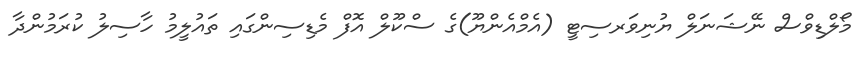
މޯލްޑިވްސް ނޭޝަނަލް ޔުނިވަރސިޓީ (އެމްއެންޔޫ)ގެ ސްކޫލް އޮފް މެޑިސިންގައި ތައުލީމު ހާސިލު ކުރަމުންދާ